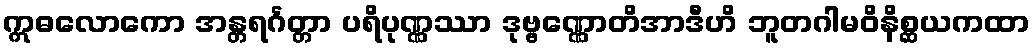
ဣဓလောကော အန္တရင်္ဂတ္တာ ပရိပုဏ္ဏဿာ ဒုဗ္ဗဏ္ဏောတိအာဒီဟိ ဘူတဂါမဝိနိစ္ဆယကထာ